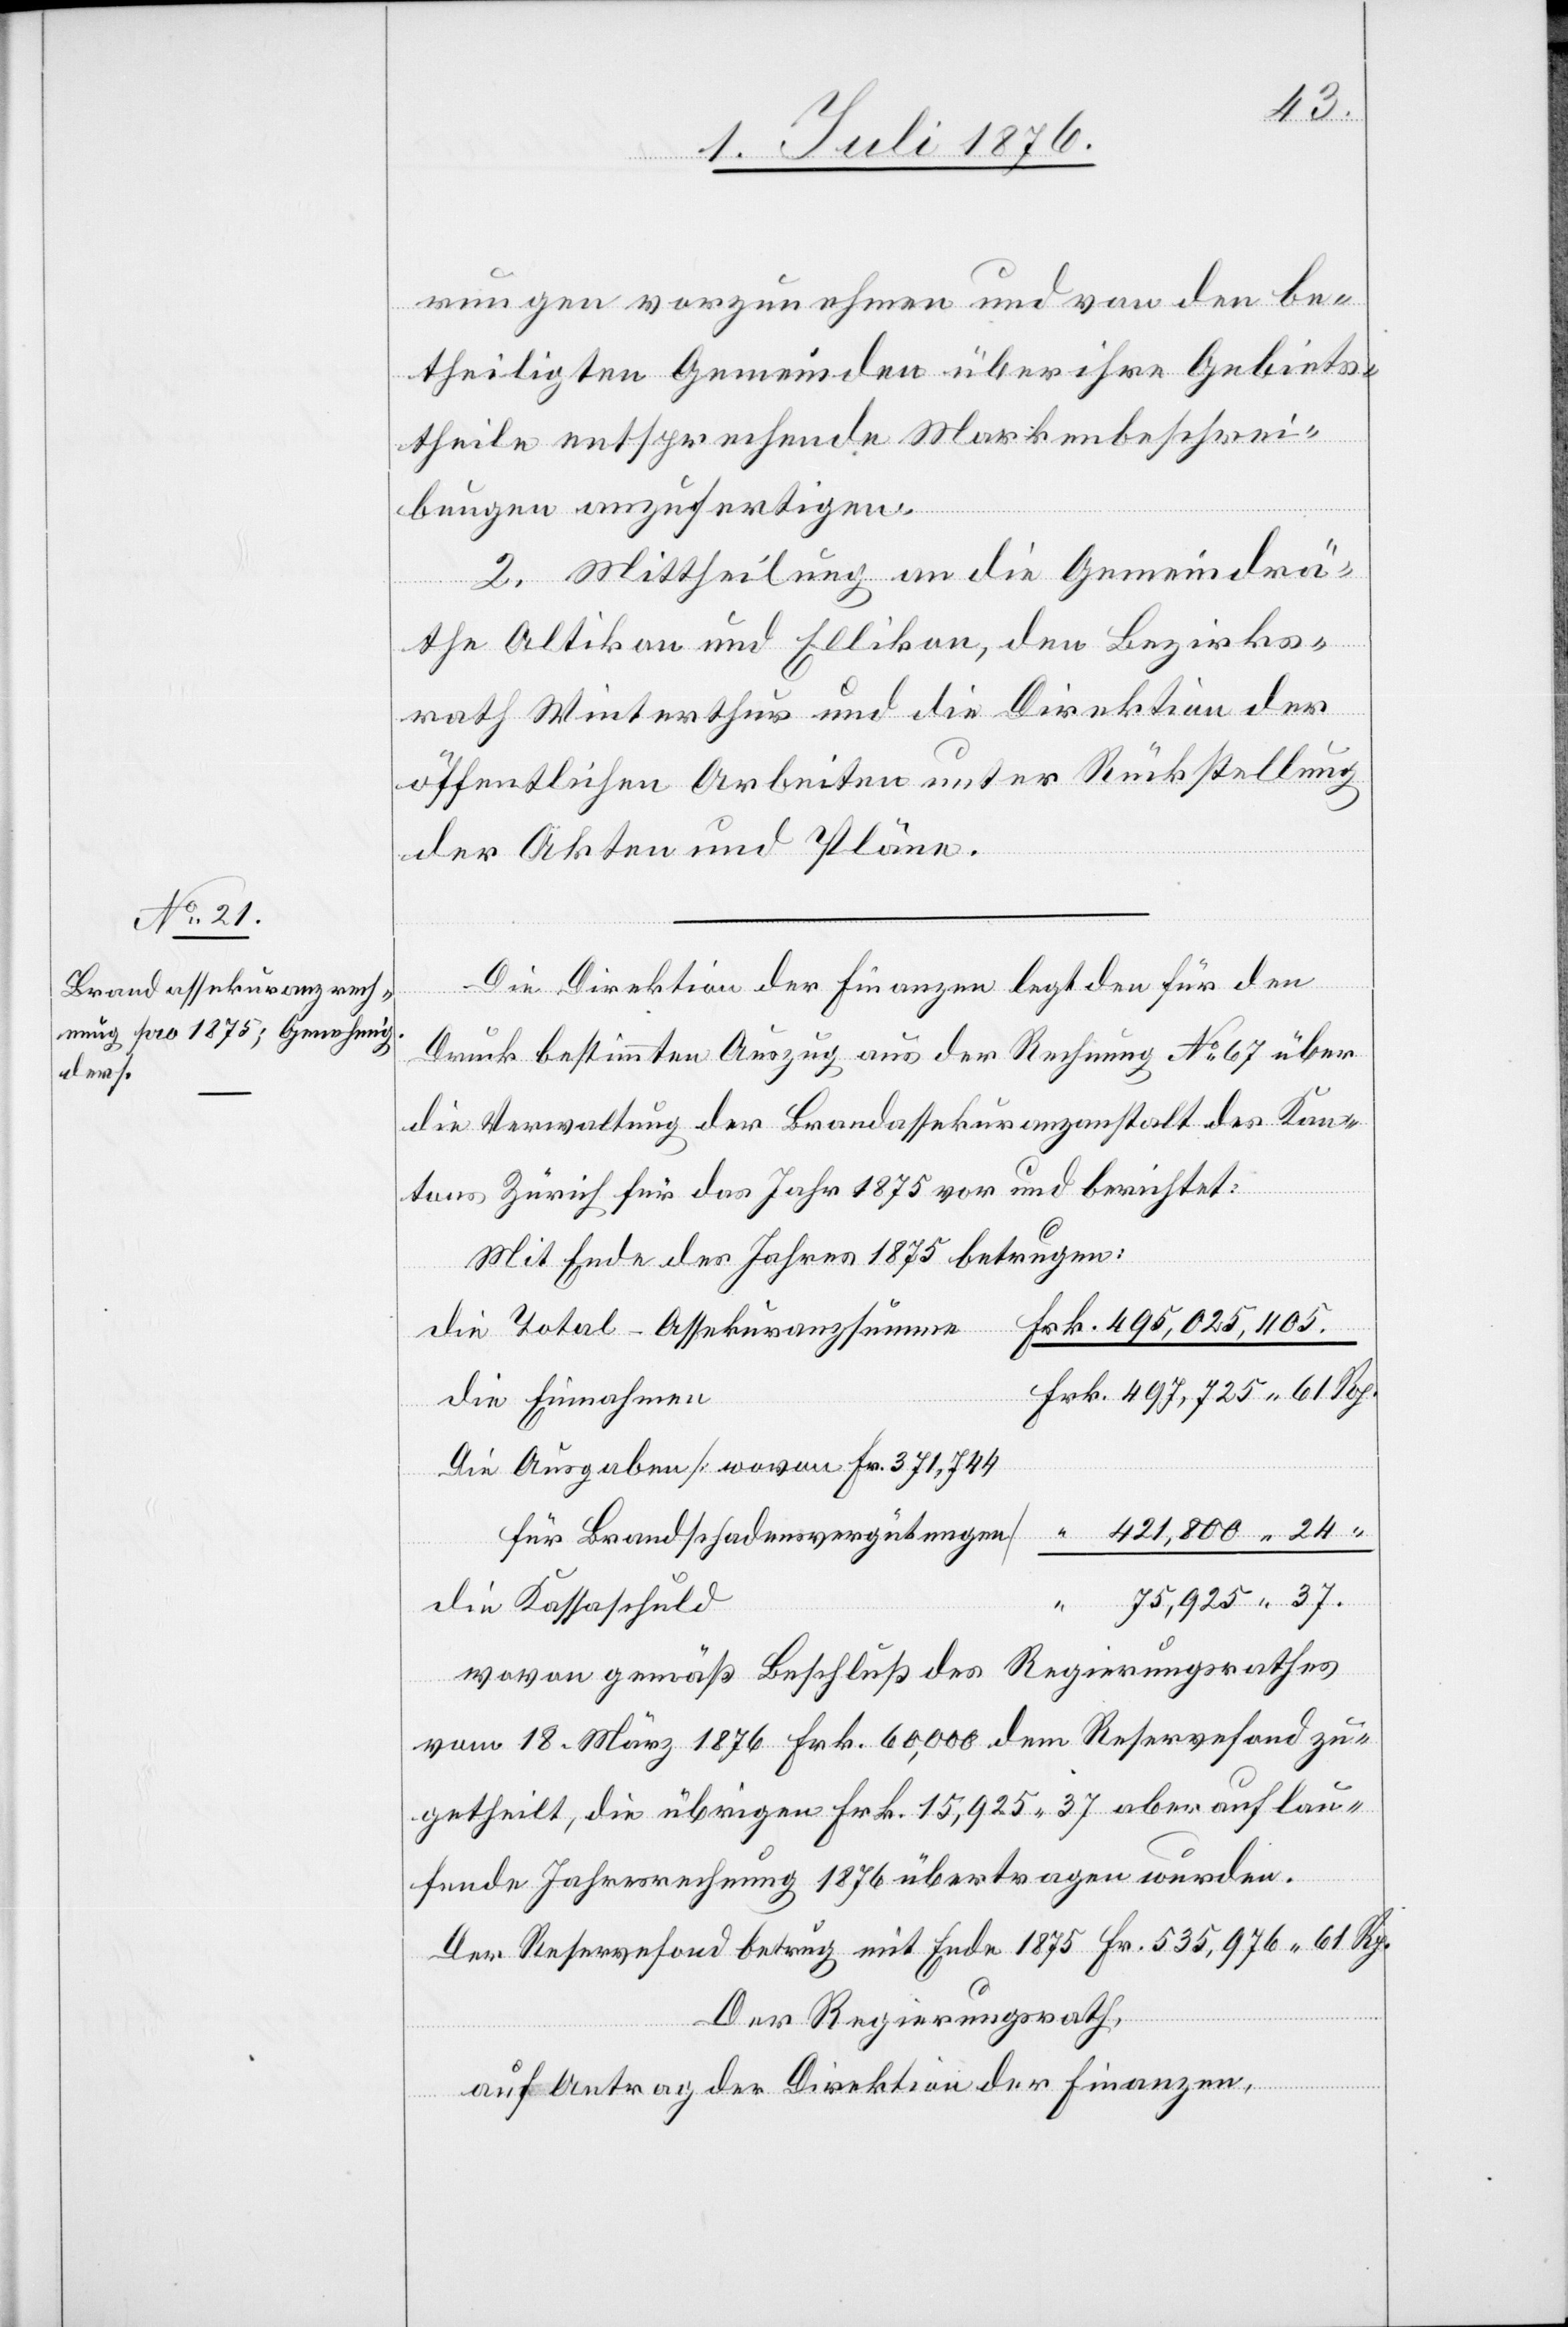
rungen vorzunehmen und von den be¬
theiligten Gemeinden über ihre Gebiets¬
theile entsprechende Markenbeschrei¬
bungen anzufertigen.
2. Mittheilung an die Gemeindrä¬
the Altikon und Ellikon, den Bezirks¬
rath Winterthur und die Direktion der
öffentlichen Arbeiten unter Rückstellung
der Akten und Pläne.
Die Direktion der Finanzen legt den für den
Druck bestimmten Auszug aus der Rechnung No 67 über
die Verwaltung der Brandassekuranzanstalt des Kan¬
tons Zürich für das Jahr 1875 vor und berichtet:
Mit Ende des Jahres 1875 betrugen:
die Total-Assekuranzsteuer
die Einnahmen
Die Ausgaben [wovon Fr. 371,744
die Kassaschuld
wovon gemäß Beschluß des Regierungsrathes
vom 18. März 1876 Frk. 60,000 dem Reservefond zu¬
getheilt, die übrigen Frk. 15,925 37 aber auf lau¬
fende Jahresrechnung 1876 übertragen wurden.
Der Reservefond betrug mit Ende 1875 Fr. 535,976 61 Rp.
Frk.
Der Regierungsrath,
auf Antrag der Direktion der Finanzen,